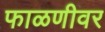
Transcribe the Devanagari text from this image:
फाळणीवर